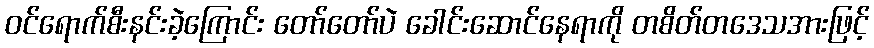
ဝင်ရောက်စီးနင်းခဲ့ကြောင်း တော်တော်ပဲ ခေါင်းဆောင်နေရာကို တစိတ်တဒေသအားဖြင့်